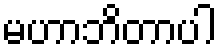
မဟာဘိတာပါ